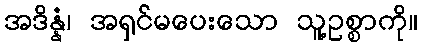
အဒိန္နံ၊ အရှင်မပေးသော သူ့ဥစ္စာကို။